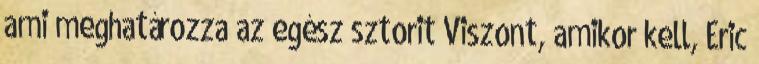
ami meghatározza az egész sztorit Viszont, amikor kell, Eric